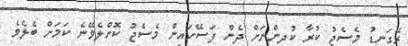
ރޭގަނޑު މެސެޖު ކުރާ ކުދިންނަށް ދެން ފަސޭހައިން މެސެޖު ކޮށްލެވޭނެ ކަމަށް ބެލެވެ